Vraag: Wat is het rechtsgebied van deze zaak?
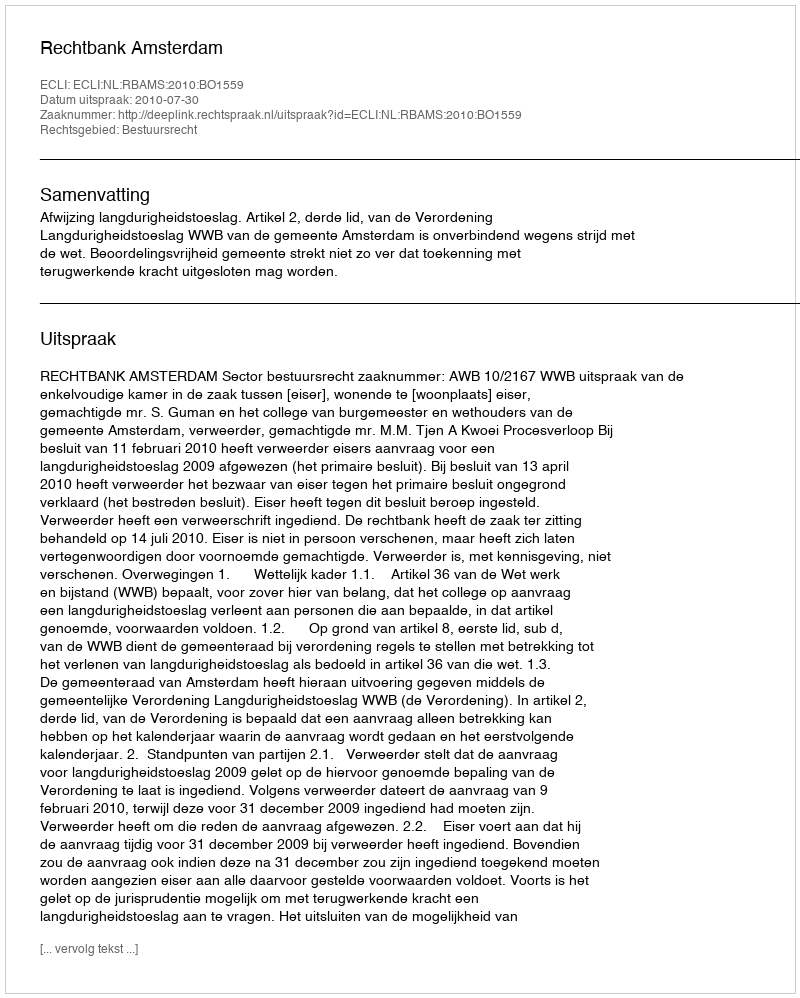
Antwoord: Bestuursrecht